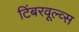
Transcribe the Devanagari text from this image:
टिंबरवूल्व्स